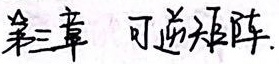
第三章 可逆矩阵.